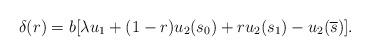
LaTeX: \begin{align*}\delta(r) = b[\lambda u_1 + (1-r) u_2(s_0) + ru_2(s_1) - u_2(\overline{s})].\end{align*}